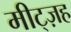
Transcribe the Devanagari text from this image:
मीट्ज़ह